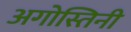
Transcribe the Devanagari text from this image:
अगोस्तिनी